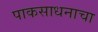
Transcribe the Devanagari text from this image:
पाकसाधनाचा